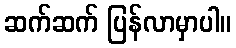
ဆက်ဆက် ပြန်လာမှာပါ။